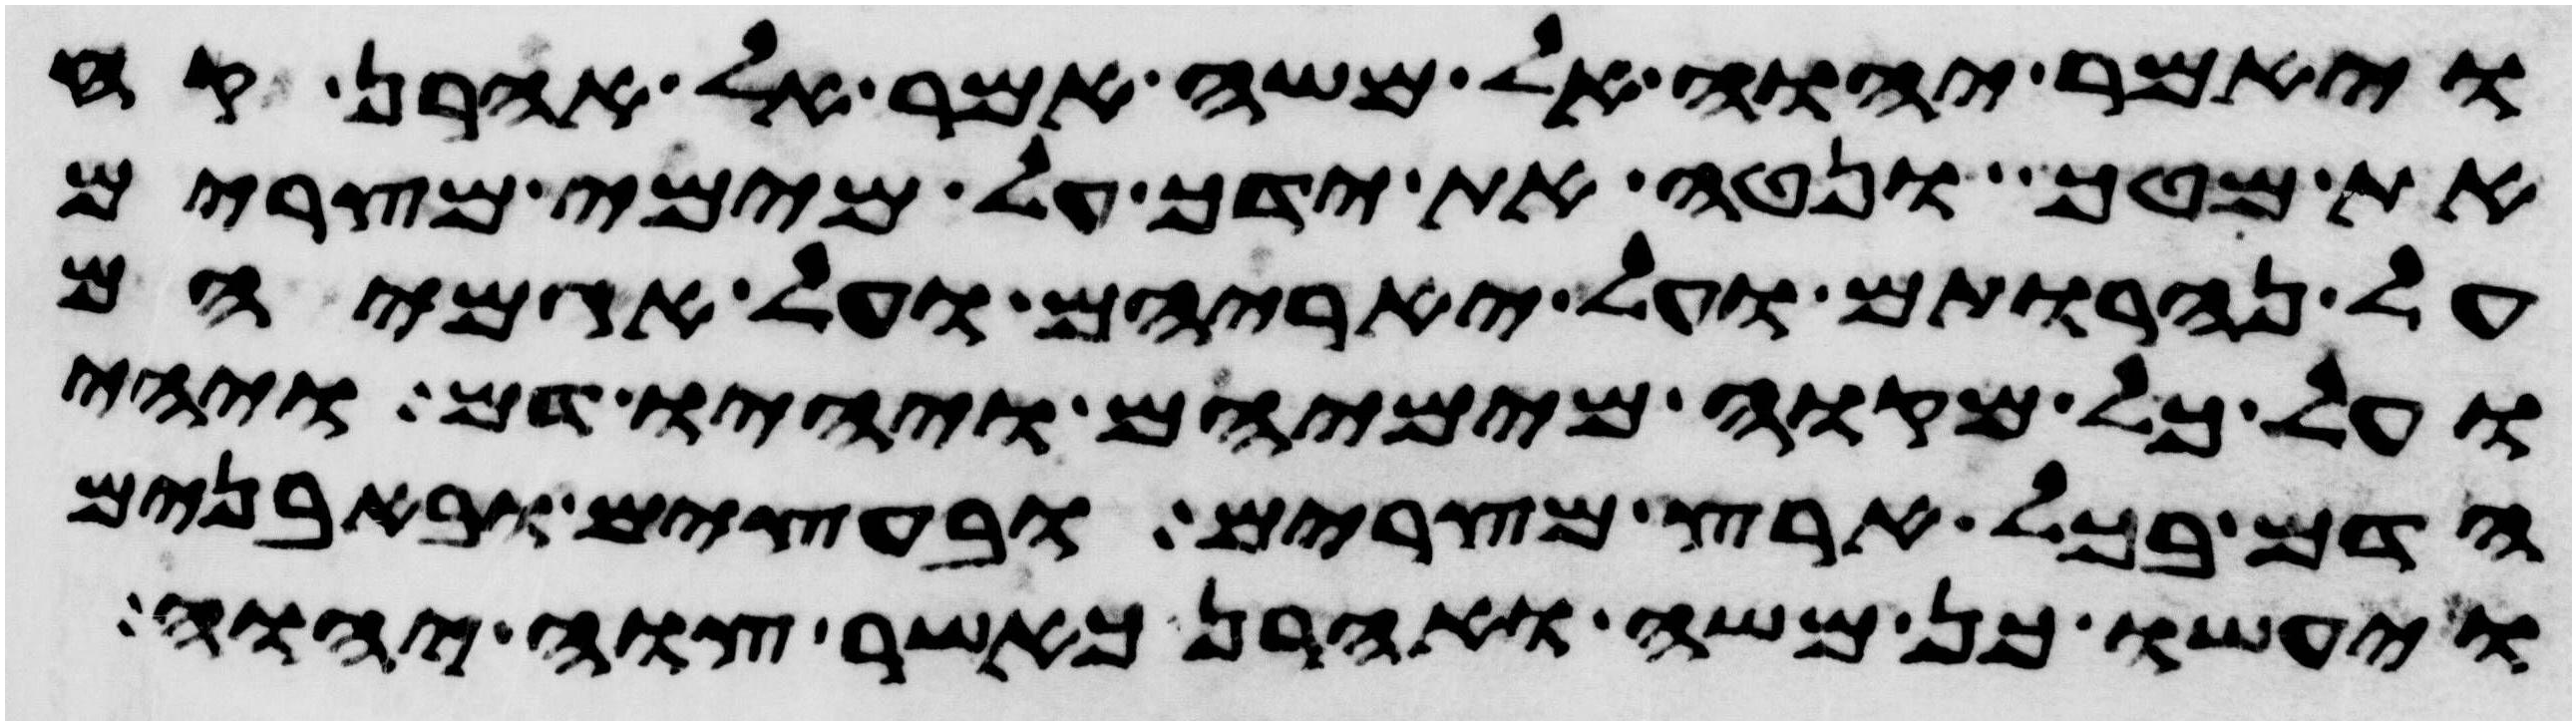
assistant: ויאמר יהוה אל משה אמר אל אהרן קח
את מטך ונטה את ידך על מימי מצרים
על נהרותם ועל יאריהם ועל אגמיהם
ועל כל מקוה מימיהם ויהיו דם ויהי
הדם בכל ארץ מצרים ובעצים ובאבנים
ויעשו כן משה ואהרן כאשר צוה יהוה